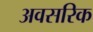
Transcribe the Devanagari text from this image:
अवसरिक